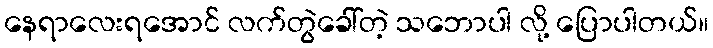
နေရာလေးရအောင် လက်တွဲခေါ်တဲ့ သဘောပါ လို့ ပြောပါတယ်။